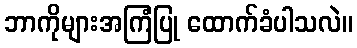
ဘာကိုများအကြံပြု ထောက်ခံပါသလဲ။